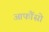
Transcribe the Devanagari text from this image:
आफौंसो